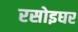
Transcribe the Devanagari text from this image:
रसोइघर